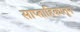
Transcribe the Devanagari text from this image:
साप्ताहिकांतून